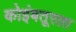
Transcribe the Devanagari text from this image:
कोइंबतूरला